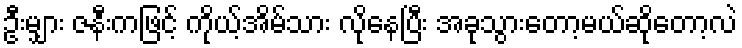
ဦးမျှား ဇနီးကဖြင့် ကိုယ့်အိမ်သား လိုနေပြီး အခုသွားတော့မယ်ဆိုတော့လဲ